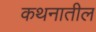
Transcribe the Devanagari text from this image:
कथनातील